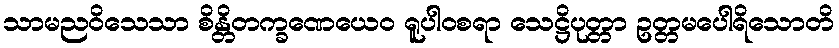
သာမညဝိသေသာ စိန္တိတက္ခဏေယေဝ ရူပါဝစရာ သေဋ္ဌိပုတ္တာ ဥတ္တမပေါရိသောတိ